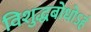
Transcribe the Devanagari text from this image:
विशुद्धबोधोऽहं